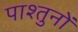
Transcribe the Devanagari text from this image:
पाश्तुनों